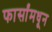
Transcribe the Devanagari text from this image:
फार्सांमधून